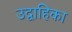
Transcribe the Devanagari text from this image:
उद्वाहिका